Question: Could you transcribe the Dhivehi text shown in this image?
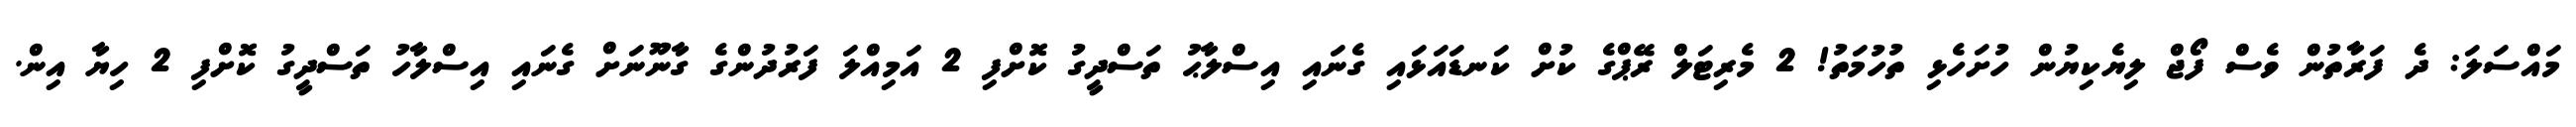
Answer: މައްސަލަ: ދެ ފަރާތުން ވެސް ފޯޖް ލިޔެކިޔުން ހުށަހެޅި ތުހުމަތު! 2 މެރިޓަލް ރޭޕްގެ ކުށް ކަނޑައަޅައި ގެނައި އިސްލާޙު ތަސްދީގު ކޮށްފި 2 އަމިއްލަ ފަރުދުންގެ ގާނޫނަށް ގެނައި އިސްލާހު ތަސްދީގު ކޮށްފި 2 ހިޔާ އިން.